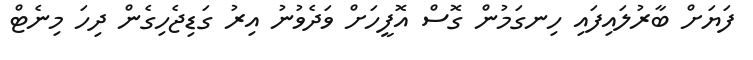
ފަޔަށް ބާރުލައިފައި ހިނގަމުން ގޮސް އޮފީހަށް ވަދެވުނު އިރު ގަޑިޖެހިގެން ދިހަ މިނެޓް